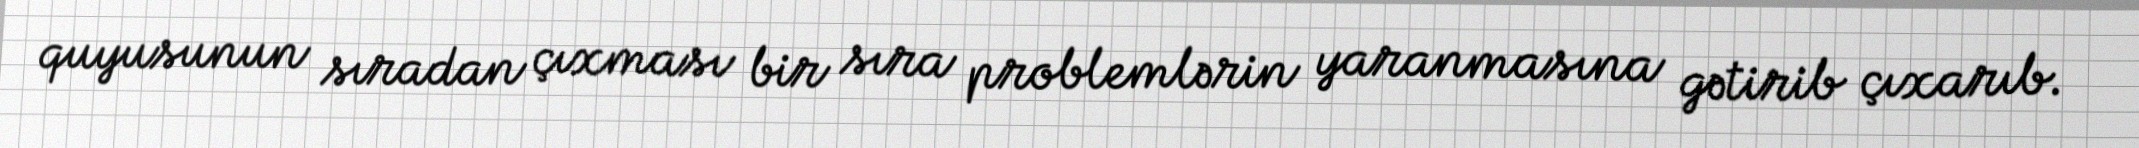
quyusunun sıradan çıxması bir sıra problemlərin yaranmasına gətirib çıxarıb.